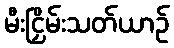
မီးငြှိမ်းသတ်ယာဉ်